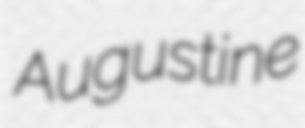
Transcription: Augustine